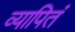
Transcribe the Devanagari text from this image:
व्यापितं